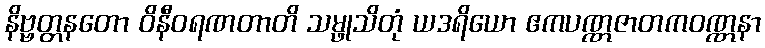
နိဗ္ဗတ္တနတော ဝိနီဝရဏတာတိ သမ္ဖုသိတုံ ယဒရိယော ဧကပဏ္ဏဇာတကဝဏ္ဏနာ